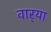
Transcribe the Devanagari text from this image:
वार्‍या